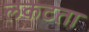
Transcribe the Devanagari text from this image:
लकटता